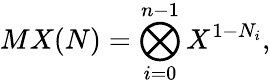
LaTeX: MX(N)=\bigotimes_{i=0}^{n-1}X^{1-N_{i}},